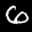
Label: 6